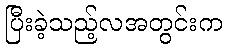
ပြီးခဲ့သည့်လအတွင်းက